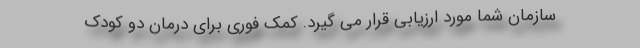
سازمان شما مورد ارزیابی قرار می گیرد. کمک فوری برای درمان دو کودک